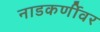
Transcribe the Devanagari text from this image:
नाडकर्णीवर